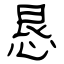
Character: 恳